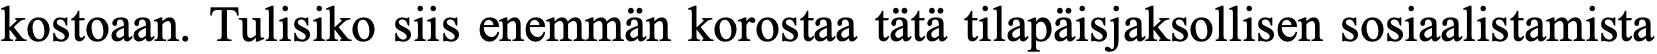
kostoaan. Tulisiko siis enemmän korostaa tätä tilapäisjaksollisen sosiaalistamista